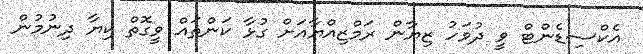
އެކްސިޑެންޓް ވީ ދުވަހު ޒިޔާން ރަމްޒިއްޔާއަށް ގުޅާ ކަންތައް ވީގޮތް ކިޔާ ދިނުމުން